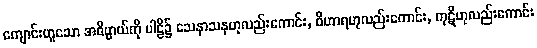
ကျောင်းဟူသော အဓိပ္ပာယ်ကို ပါဠိ၌ သေနာသနဟုလည်းကောင်း, ဝိဟာရဟုလည်းကောင်း, ကုဋိဟုလည်းကောင်း